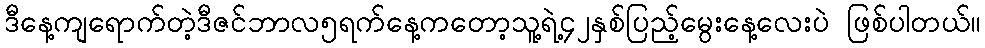
ဒီနေ့ကျရောက်တဲ့ဒီဇင်ဘာလ၅ရက်နေ့ကတော့သူ့ရဲ့၄၂နှစ်ပြည့်မွေးနေ့လေးပဲ ဖြစ်ပါတယ်။